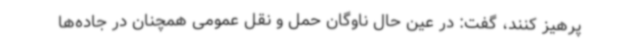
پرهیز کنند، گفت: در عین حال ناوگان حمل و نقل عمومی همچنان در جاده‌ها